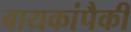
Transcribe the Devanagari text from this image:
बायकांपैकी